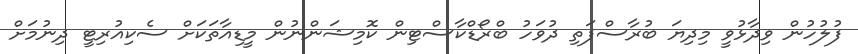
ފުލުހުން ވިދާޅުވީ މިދިޔަ ބުރާސްފަތި ދުވަހު ބްރޯޑްކާސްޓިން ކޮމިޝަންނުން މީޑިއާތަކަށް ސެކިއުރިޓީ ދިނުމަށް